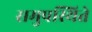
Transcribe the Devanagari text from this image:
समुपस्थिते